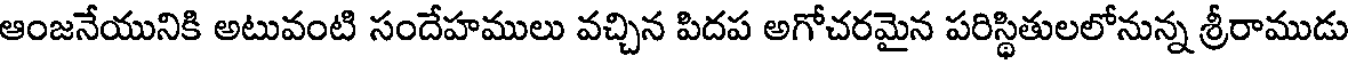
ఆంజనేయునికి అటువంటి సందేహములు వచ్చిన పిదప అగోచరమైన పరిస్థితులలోనున్న శ్రీరాముడు